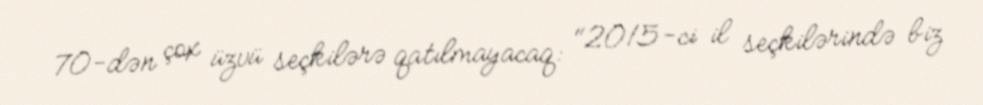
70-dən çox üzvü seçkilərə qatılmayacaq: "2015-ci il seçkilərində biz